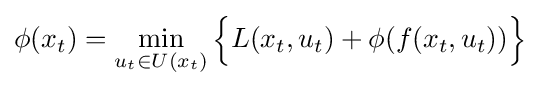
\displaystyle \phi (x_{t})=\min _{u_{t}\in U(x_{t})}{\Big \{}L(x_{t},u_{t})+\phi (f(x_{t},u_{t})){\Big \}}